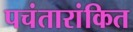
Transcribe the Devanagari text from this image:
पचंतारांकित